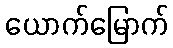
ယောက်မြောက်